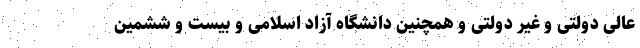
عالی دولتی و غیر دولتی و همچنین دانشگاه آزاد اسلامی و بیست و ششمین